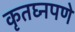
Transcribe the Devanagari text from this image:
कृतघ्नपणे